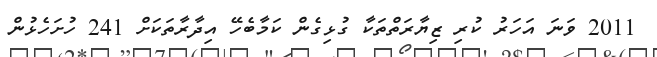
2011 ވަނަ އަހަރު ކުރި ޒިޔާރަތްތަކާ ގުޅިގެން ކަމާބެހޭ އިދާރާތަކަށް 241 ހުށަހެޅުން